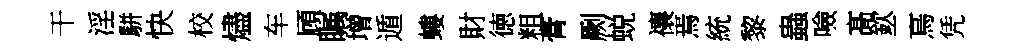
干淫駢快校燼车頋瞩增遁螻財徳粗膏劂蜕禳焉統黎蟲噞髙欽二烏凭